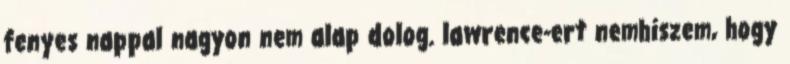
fenyes nappal nagyon nem alap dolog. lawrence-ert nemhiszem, hogy